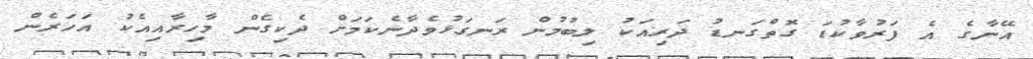
އޭނާގެ އެ ފަރުވާކުޑަ ގޮތްގަނޑު ދަރިއަކު ލިބުމުން ރަނގަޅުވެދާނެކަމަށް ދެކިގެން މާހިރާއިއެކު އަހަރެން